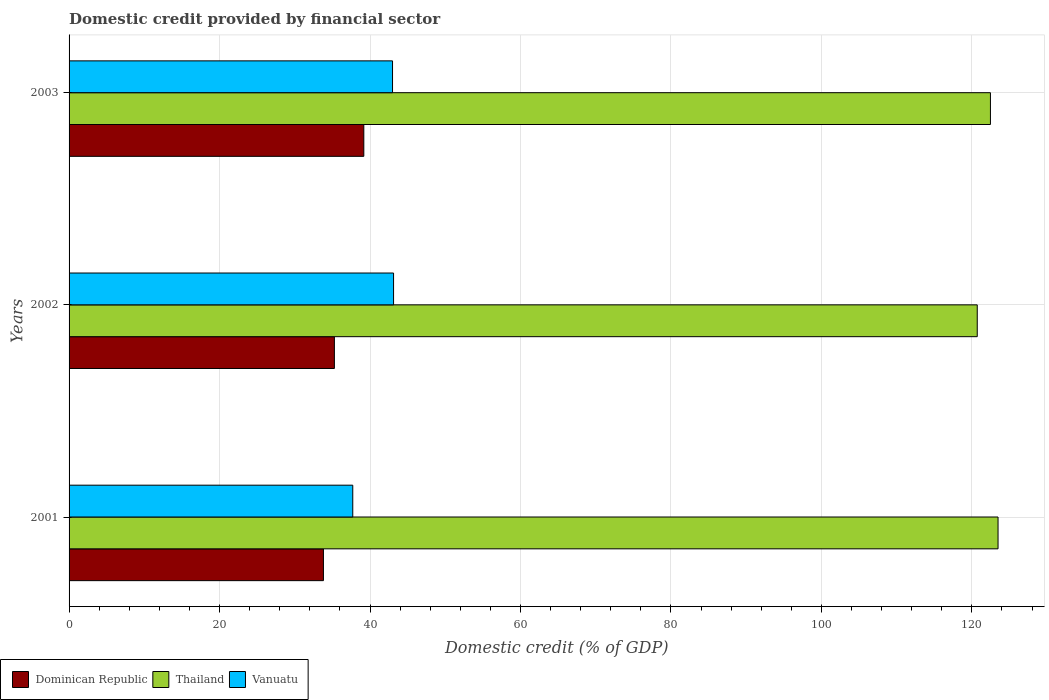
| Years | Dominican Republic | Thailand | Vanuatu |
 | --- | --- | --- | --- |
 | 2001 | 33.8 | 123 | 37.7 |
 | 2002 | 35.3 | 121 | 43.1 |
 | 2003 | 39.2 | 122 | 43 |